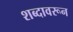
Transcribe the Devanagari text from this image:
शब्‍दावरून